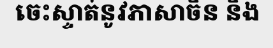
ចេះស្ទាត់នូវភាសាចិន និង